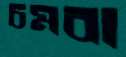
চমবা